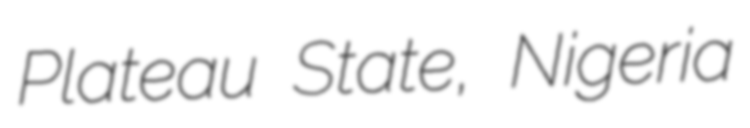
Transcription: Plateau State, Nigeria